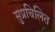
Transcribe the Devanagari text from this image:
सुप्रचिलित